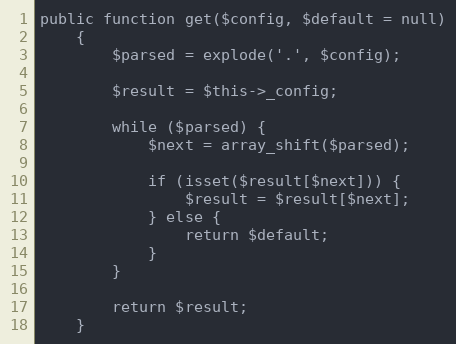
Language: PHP
public function get($config, $default = null)
    {
        $parsed = explode('.', $config);

        $result = $this->_config;

        while ($parsed) {
            $next = array_shift($parsed);

            if (isset($result[$next])) {
                $result = $result[$next];
            } else {
                return $default;
            }
        }

        return $result;
    }